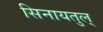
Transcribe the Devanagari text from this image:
सिनायतुल्